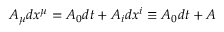
A _ { \mu } d x ^ { \mu } = A _ { 0 } d t + A _ { i } d x ^ { i } \equiv A _ { 0 } d t + A